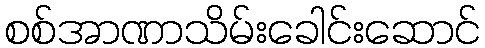
စစ်အာဏာသိမ်းခေါင်းဆောင်